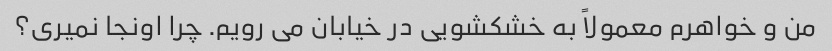
من و خواهرم معمولاً به خشکشویی در خیابان می رویم. چرا اونجا نمیری؟